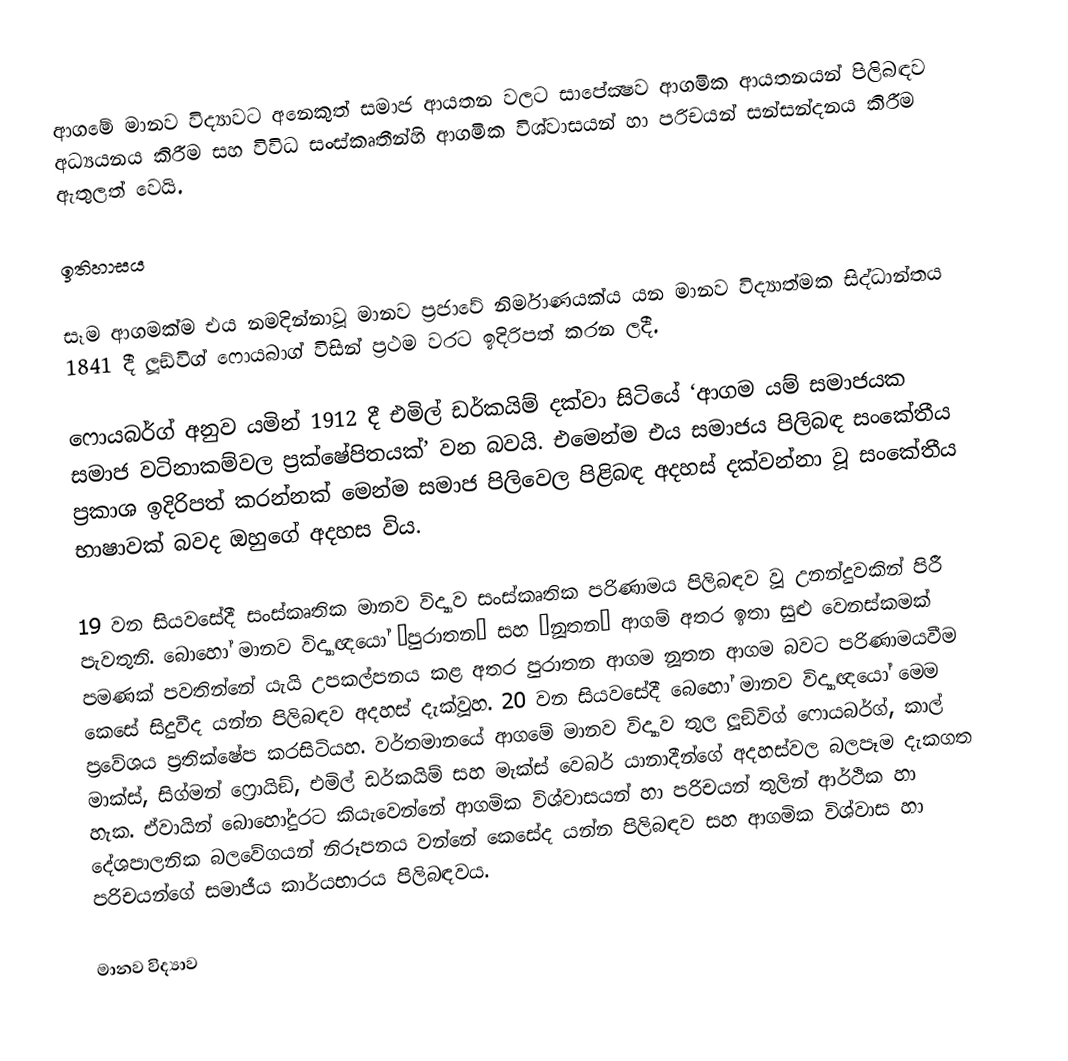
ආගමේ මානව විද්‍යාවට අනෙකුත් සමාජ ආයතන වලට සාපේක්‍ෂව ආගමික ආයතනයන් පිලිබඳව අධ්‍යයනය කිරීම සහ විවිධ සංස්කෘතීන්හි ආගමික විශ්වාසයන් හා පරිචයන් සන්සන්දනය කිරීම ඇතුලත් වෙයි.

ඉතිහාසය

සෑම ආගමක්ම එය නමදින්නාවූ මානව ප‍්‍රජාවේ නිර්මාණයක්ය යන මානව විද්‍යාත්මක සිද්ධාන්තය 1841 දී ලූඞ්විග් ෆොයබාග් විසින් ප‍්‍රථම වරට ඉදිරිපත් කරන ලදී.

ෆොයබර්ග් අනුව යමින් 1912 දී එමිල් ඩර්කයිම් දක්වා සිටියේ ‘ආගම යම් සමාජයක සමාජ වටිනාකම්වල ප‍්‍රක්ෂේපිතයක්’ වන බවයි. එමෙන්ම එය සමාජය පිලිබඳ සංකේතීය ප‍්‍රකාශ ඉදිරිපත් කරන්නක් මෙන්ම සමාජ පිලිවෙල පිළිබඳ අදහස් දක්වන්නා වූ සංකේතීය භාෂාවක් බවද ඔහුගේ අදහස විය.

19 වන සියවසේදී සංස්කෘතික මානව විද්‍යාව සංස්කෘතික පරිණාමය පිලිබඳව වූ උනන්දුවකින් පිරී පැවතුනි. බොහෝ මානව විද්‍යා‍ඥයෝ ‘පුරාතන’ සහ ‘නූතන’ ආගම් අතර ඉතා සුළු වෙනස්කමක් පමණක් පවතින්නේ යැයි උපකල්පනය කළ අතර පුරාතන ආගම නූතන ආගම බවට පරිණාමයවීම කෙසේ සිදුවීද යන්න පිලිබඳව අදහස් දැක්වූහ. 20 වන සියවසේදී බෙහෝ මානව විද්‍යාඥයෝ මෙම ප‍්‍රවේශය ප‍්‍රතික්ෂේප කරසිටියහ. වර්තමානයේ ආගමේ මානව විද්‍යාව තුල ලූඞ්විග් ෆොයබර්ග්, කාල් මාක්ස්, සිග්මන් ෆ්‍රොයිඞ්, එමිල් ඩර්කයිම් සහ මැක්ස් වෙබර්  යානාදීන්ගේ අදහස්වල බලපෑම දැකගත හැක. ඒවායින් බොහෝදුරට කියැවෙන්නේ ආගමික විශ්වාසයන් හා පරිචයන් තුලින් ආර්ථික හා දේශපාලනික බලවේගයන් නිරූපනය වන්නේ කෙසේද යන්න පිලිබඳව සහ ආගමික විශ්වාස හා පරිචයන්ගේ සමාජීය කාර්යභාරය පිලිබඳවය.

 මානව විද්‍යාව